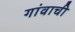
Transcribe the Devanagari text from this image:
गांवाची